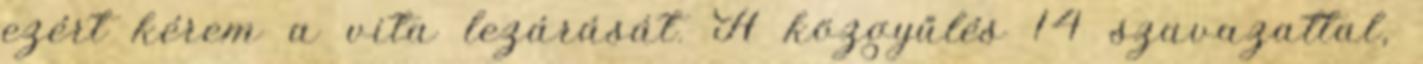
ezért kérem a vita lezárását. A közgyűlés 14 szavazattal,